Annual administration and progress report of the Indian Medical Department, Bombay
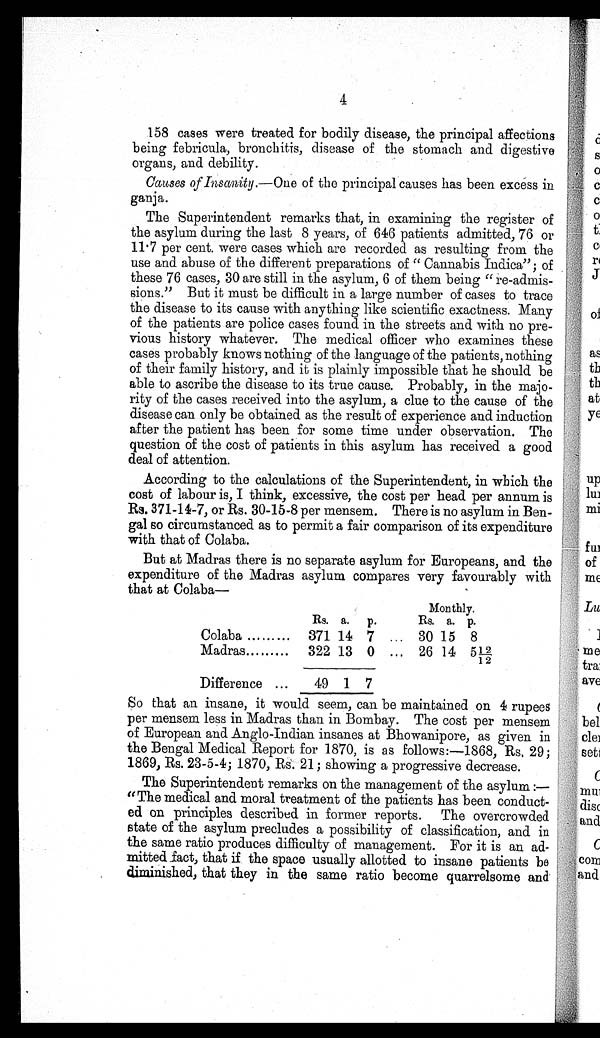
4
158 cases were treated for bodily disease, the principal affections
being febricula, bronchitis, disease of the stomach and digestive
organs, and debility.
Causes of Insanity .—One of the principal causes has been excess in
ganja.
The Superintendent remarks that, in examining the register of
the asylum during the last 8 years, of 646 patients admitted, 76 or
11.7 per cent. were cases which are recorded as resulting from the
use and abuse of the different preparations of " Cannabis Indica"; of
these 76 cases, 30 are still in the asylum, 6 of them being " re-admis-
sions." But it must be difficult in a large number of cases to trace
the disease to its cause with anything like scientific exactness. Many
of the patients are police cases found in the streets and with no pre-
vious history whatever. The medical officer who examines these
cases probably knows nothing of the language of the patients, nothing
of their family history, and it is plainly impossible that he should be
able to ascribe the disease to its true cause. Probably, in the majo-
rity of the cases received into the asylum, a clue to the cause of the
disease can only be obtained as the result of experience and induction
after the patient has been for some time under observation. The
question of the cost of patients in this asylum has received a good
deal of attention.
According to the calculations of the Superintendent, in which the
cost of labour is, I think, excessive, the cost per head per annum is
Rs. 371-14-7, or Rs. 30-15-8 per mensem. There is no asylum in Ben-
gal so circumstanced as to permit a fair comparison of its expenditure
with that of Colaba.
But at Madras there is no separate asylum for Europeans, and the
expenditure of the Madras asylum compares very favourably with
that at Colaba
—
Monthly.
Rs. a. p.
Rs. a. p.
Colaba ... .... . . . 371 14 7 ... 30 15 8
Madras ... ... . . . 322 13 0 ... 26 14 5 12/12
Difference ...
49 1 7
So that an insane, it would seem, can be maintained on 4 rupees
per mensem less in Madras than in Bombay. The cost per mensem
of European and Anglo-Indian insanes at Bhowanipore, as given in
the Bengal Medical Report for 1870, is as follows:—1868, Rs. 29;
1869, Rs. 23-5-4; 1870, Rs. 21; showing a progressive decrease.
The Superintendent remarks on the management of the asylum :—
" The medical and moral treatment of the patients has been conduct-
ed on principles described in former reports. The overcrowded
state of the asylum precludes a possibility of classification, and in
the same ratio produces difficulty of management. For it is an ad-
mitted fact, that if the space usually allotted to insane patients be
diminished, that they in the same ratio become quarrelsome and